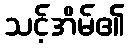
သင့်အိမ်၏